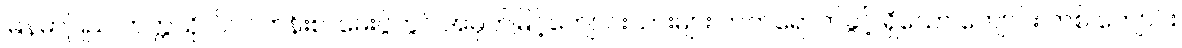
မြန်မာပြည် တက္ကသိုလ်ဝင်တန်းစာမေးပွဲတွင် အမှတ်မြင့်ကျောင်းသားများ တက်ရောက်ခွင့် ရှိသော ကျောင်း တစ် ကျောင်း